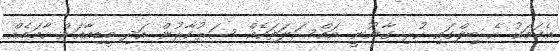
އެކަމަކު އެ ބިލްގައި ހުރި ގާނޫނީ މައްސަލަތަކެއް ސަރުކާރުން އަދި މީޑިއާއަށް ހާމައެއް